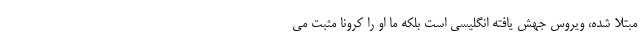
مبتلا شده، ویروس جهش یافته انگلیسی است بلکه ما او را کرونا مثبت می